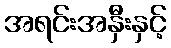
အရင်းအနှီးနှင့်